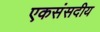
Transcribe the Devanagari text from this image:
एकसंसदीय